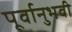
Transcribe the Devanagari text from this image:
पूर्वानुभवी